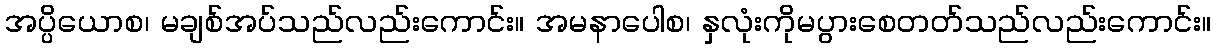
အပ္ပိယောစ၊ မချစ်အပ်သည်လည်းကောင်း။ အမနာပေါစ၊ နှလုံးကိုမပွားစေတတ်သည်လည်းကောင်း။